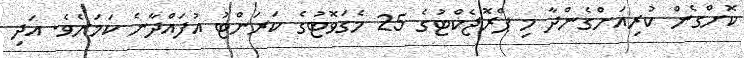
ކޮށްގެން ކުރިއަށްގެންދާ މި ޕްރޮޖެކްޓުގެ 25 މެގަވޮޓުގެ ކަރަންޓު އުފައްދާނެ ކަމަށެވެ. އަދި